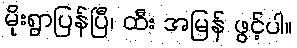
မိုးရွာပြန်ပြီ၊ ထီး အမြန် ဖွင့်ပါ။